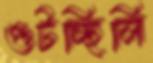
গুটচ্ছিলি